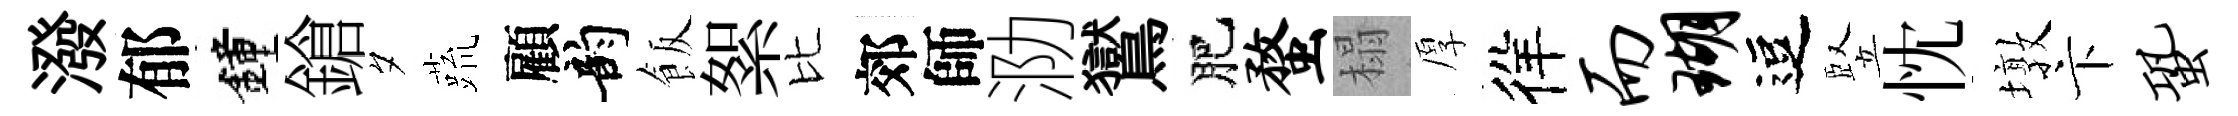
潑郁鐘鎗夕蔬顧韵飯絮比郊師泐鸑肥蝥榻厚徉而瑚逗竪忱墩卞蛩